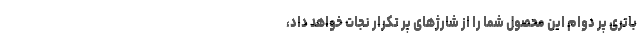
باتری پر دوام این محصول شما را از شارژهای پر تکرار نجات خواهد داد،